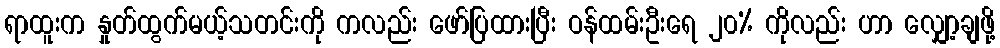
ရာထူးက နှုတ်ထွက်မယ့်သတင်းကို ကလည်း ဖော်ပြထားပြီး ဝန်ထမ်းဦးရေ ၂၀% ကိုလည်း ဟာ လျှော့ချဖို့